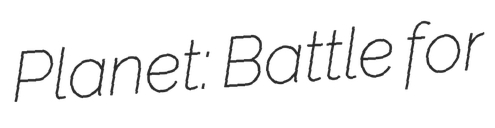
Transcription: Planet: Battle for